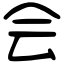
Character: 会